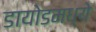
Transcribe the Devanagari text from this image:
डायोडमध्ये